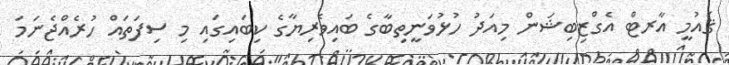
ޤައުމީ އާރޓް އެގްޒިބިޝަން މިއަދު ހުޅުވަނީތިބާގެ ބައިވެރިޔާގެ ކިބައިގައި މި ސިފަތައް ހުރެއްޖެނަމަ